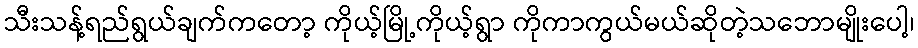
သီးသန့်ရည်ရွယ်ချက်ကတော့ ကိုယ့်မြို့ကိုယ့်ရွာ ကိုကာကွယ်မယ်ဆိုတဲ့သဘောမျိုးပေါ့၊